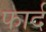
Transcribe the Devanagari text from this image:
फार्द